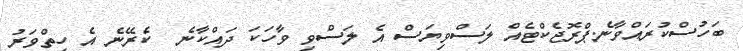
ބަހުސްކުރައްވާނެ.ޕްރޮޖެކްޓެއް ލަސްވިޔަސް އެ ލަސްވި ވާހަކަ ދައްކާނެ  ކެރޭނެ އެ ހިތްވަރު